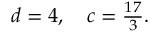
\begin{array} { r } { d = 4 , \quad c = \frac { 1 7 } { 3 } . } \end{array}